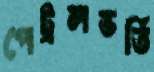
পেট্রলভর্তি